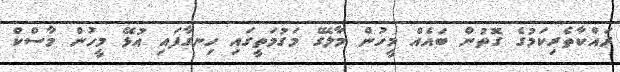
ރައްކާތެރިކަމުގެ ގޮތުން ބައެއް މީހުން މާލޭގެ މަގުމަތީގައި ހިނގާފައި އުޅޭ މީހުން މާސްކް